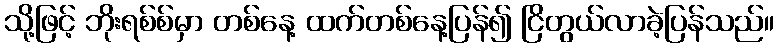
သို့ဖြင့် ဘိုးရစ်စ်မှာ တစ်နေ့ ထက်တစ်နေ့ပြန်၍ ငြိတွယ်လာခဲ့ပြန်သည်။